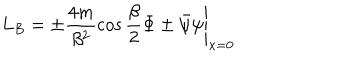
LaTeX: L _ { B } = \left. \pm \frac { 4 m } { \beta ^ { 2 } } \cos \frac { \beta } { 2 } \Phi \pm \bar { \psi } \psi \right| _ { x = 0 }